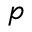
p